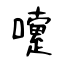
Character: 嚔